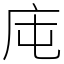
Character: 庉